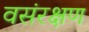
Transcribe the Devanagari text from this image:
वसंरक्षण